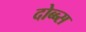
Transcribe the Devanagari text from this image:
दोब्ब्स